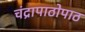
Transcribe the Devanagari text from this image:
चंद्रापाठोपाठ